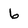
Character: 6